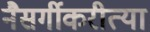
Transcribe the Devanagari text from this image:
नैसर्गीकरीत्या